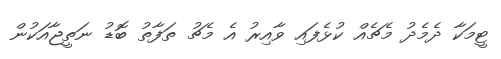
ޓީމަކާ ދެމެދު މެޗެއް ކުޅެފައި ވާއިރު އެ މެޗު ތަފާތު ބޮޑު ނަތީޖާއަކުން